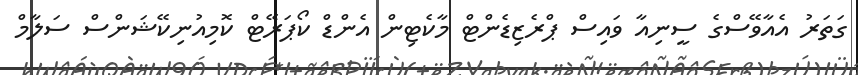
ގަތަރު އެއާވޭސްގެ ސީނިއާ ވައިސް ޕްރެޒިޑެންޓް މާކެޓިން އެންޑް ކޯޕަރޭޓް ކޮމިއުނިކޭޝަންސް ސަލާމް